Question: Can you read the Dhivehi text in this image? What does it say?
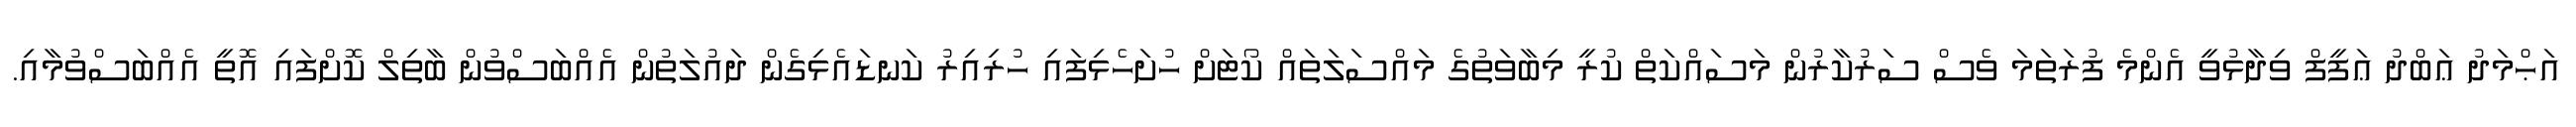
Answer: އަޙްމަދު ޢަބްދު ޢަފީފް ވިދާޅުވީ އެންމެ ފުރަތަމަ ވެސް ސަރުކާރުން މަސައްކަތް ކުރީ މިބާވަތުގެ މައްސަލަތައް ކޯޓަށް ހުށަހެޅިފައި ހުރިއިރު ކަނޑައެޅިގެން ދައުލަތުން އެއްބަސްވުން ބާތިލް ކޮށްފައި އޮތީ އެއްބަސްވުމާއި.